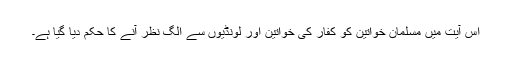
اس آیت میں مسلمان خواتین کو کفار کی خواتین اور لونڈیوں سے الگ نظر آنے کا حکم دیا گیا ہے۔